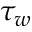
\tau _ { w }